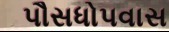
પૌસધોપવાસ